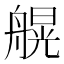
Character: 𱼽